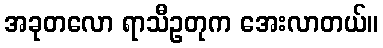
အခုတလော ရာသီဥတုက အေးလာတယ်။